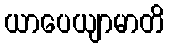
ယာပေယျာမာတိ